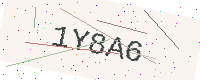
Text: 1Y8A6